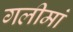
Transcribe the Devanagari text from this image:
गलीमां